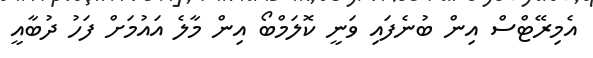
އެމިރޭޓްސް އިން ބުނެފައި ވަނީ ކޮލަމްބޯ އިން މާލެ އައުމަށް ފަހު ދުބާއީ